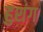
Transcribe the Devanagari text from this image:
हुशंग